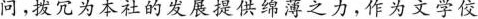
问，拨冗为本社的发展提供绵薄之力，作为文学位佼